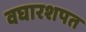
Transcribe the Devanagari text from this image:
वघारशपत